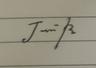
Signature authenticity: genuine